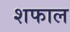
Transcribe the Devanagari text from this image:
शफाल